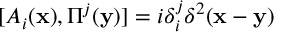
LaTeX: [ A _ { i } ( { \bf x } ) , \Pi ^ { j } ( { \bf y } ) ] = i \delta _ { i } ^ { j } \delta ^ { 2 } ( { \bf x } - { \bf y } )